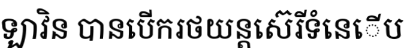
ឡាវិន បានបើករថយន្តស៊េរីទំនេើប